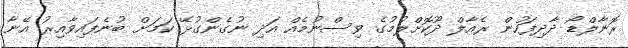
ރޮނާލްޑޯ ދާދިފަހުން ރެއާލް ދޫކޮށްލުމުގެ ވިސްނުމެއް އަދި ނުގެންގުޅޭ ކަމަށް ބުނެފައިވާއިރު އޭނާ